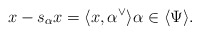
\begin{align*}x-s_\alpha x = \langle x,\alpha^\vee \rangle \alpha \in \langle \Psi \rangle. \end{align*}